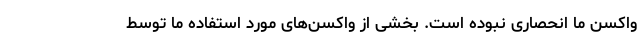
واکسن ما انحصاری نبوده است. بخشی از واکسن‌های مورد استفاده ما توسط